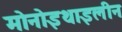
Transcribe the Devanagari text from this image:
मोनोइथाइलीन